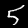
Label: 5